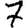
Digit: 7